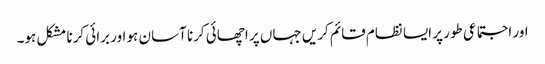
اور اجتماعی طور پر ایسا نظام قائم کریں جہاں پر اچھائی کرنا آسان ہو اور برائی کرنا مشکل ہو۔